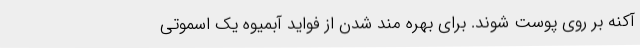
آکنه بر روی پوست شوند. برای بهره مند شدن از فواید آبمیوه یک اسموتی